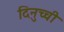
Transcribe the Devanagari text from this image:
दिनुच्ची